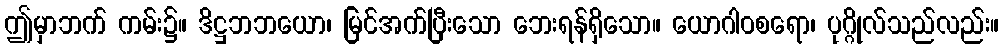
ဤမှာဘက် ကမ်း၌။ ဒိဋ္ဌဘဘယော၊ မြင်အက်ပြီးသော ဘေးရန်ရှိသော။ ယောဂါဝစရော၊ ပုဂ္ဂိုလ်သည်လည်း။